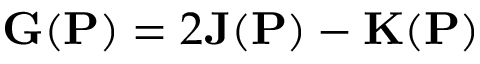
{ \bf G } ( { \bf P } ) = 2 { \bf J } ( { \bf P } ) - { \bf K } ( { \bf P } )